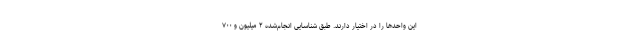
این واحدها را در اختیار دارند. طبق شناسایی انجام‌شده ۲ میلیون و ۷۰۰